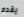
يقدم